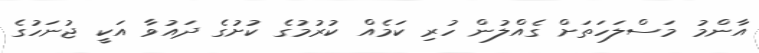
އާންމު މަސްލަހަތަށް ގެއްލުން ހުރި ކަމެއް ކުރުމުގެ ކުށުގެ ދައުވާ އަކީ ޖުނަހުގެ